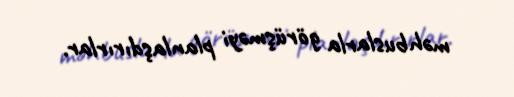
məhbuslarla görüşməyi planlaşdırırlar.